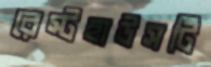
রেস্টহাউসটি